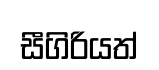
සීගිරියත්